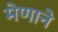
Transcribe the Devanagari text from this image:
मेणाने